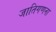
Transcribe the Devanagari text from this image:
जातिगणना